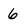
Character: 6